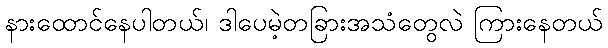
နားထောင်နေပါတယ်၊ ဒါပေမဲ့တခြားအသံတွေလဲ ကြားနေတယ်